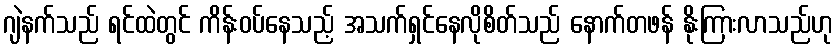
ဂျဲနက်သည် ရင်ထဲတွင် ကိန်းဝပ်နေသည့် အသက်ရှင်နေလိုစိတ်သည် နောက်တဖန် နိုးကြားလာသည်ဟု